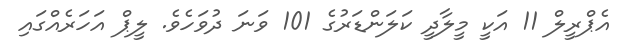
އެޕްރީލް 11 އަކީ މީލާދީ ކަލަންޑަރުގެ 101 ވަނަ ދުވަހެވެ. ލީޕް އަހަރެއްގައި